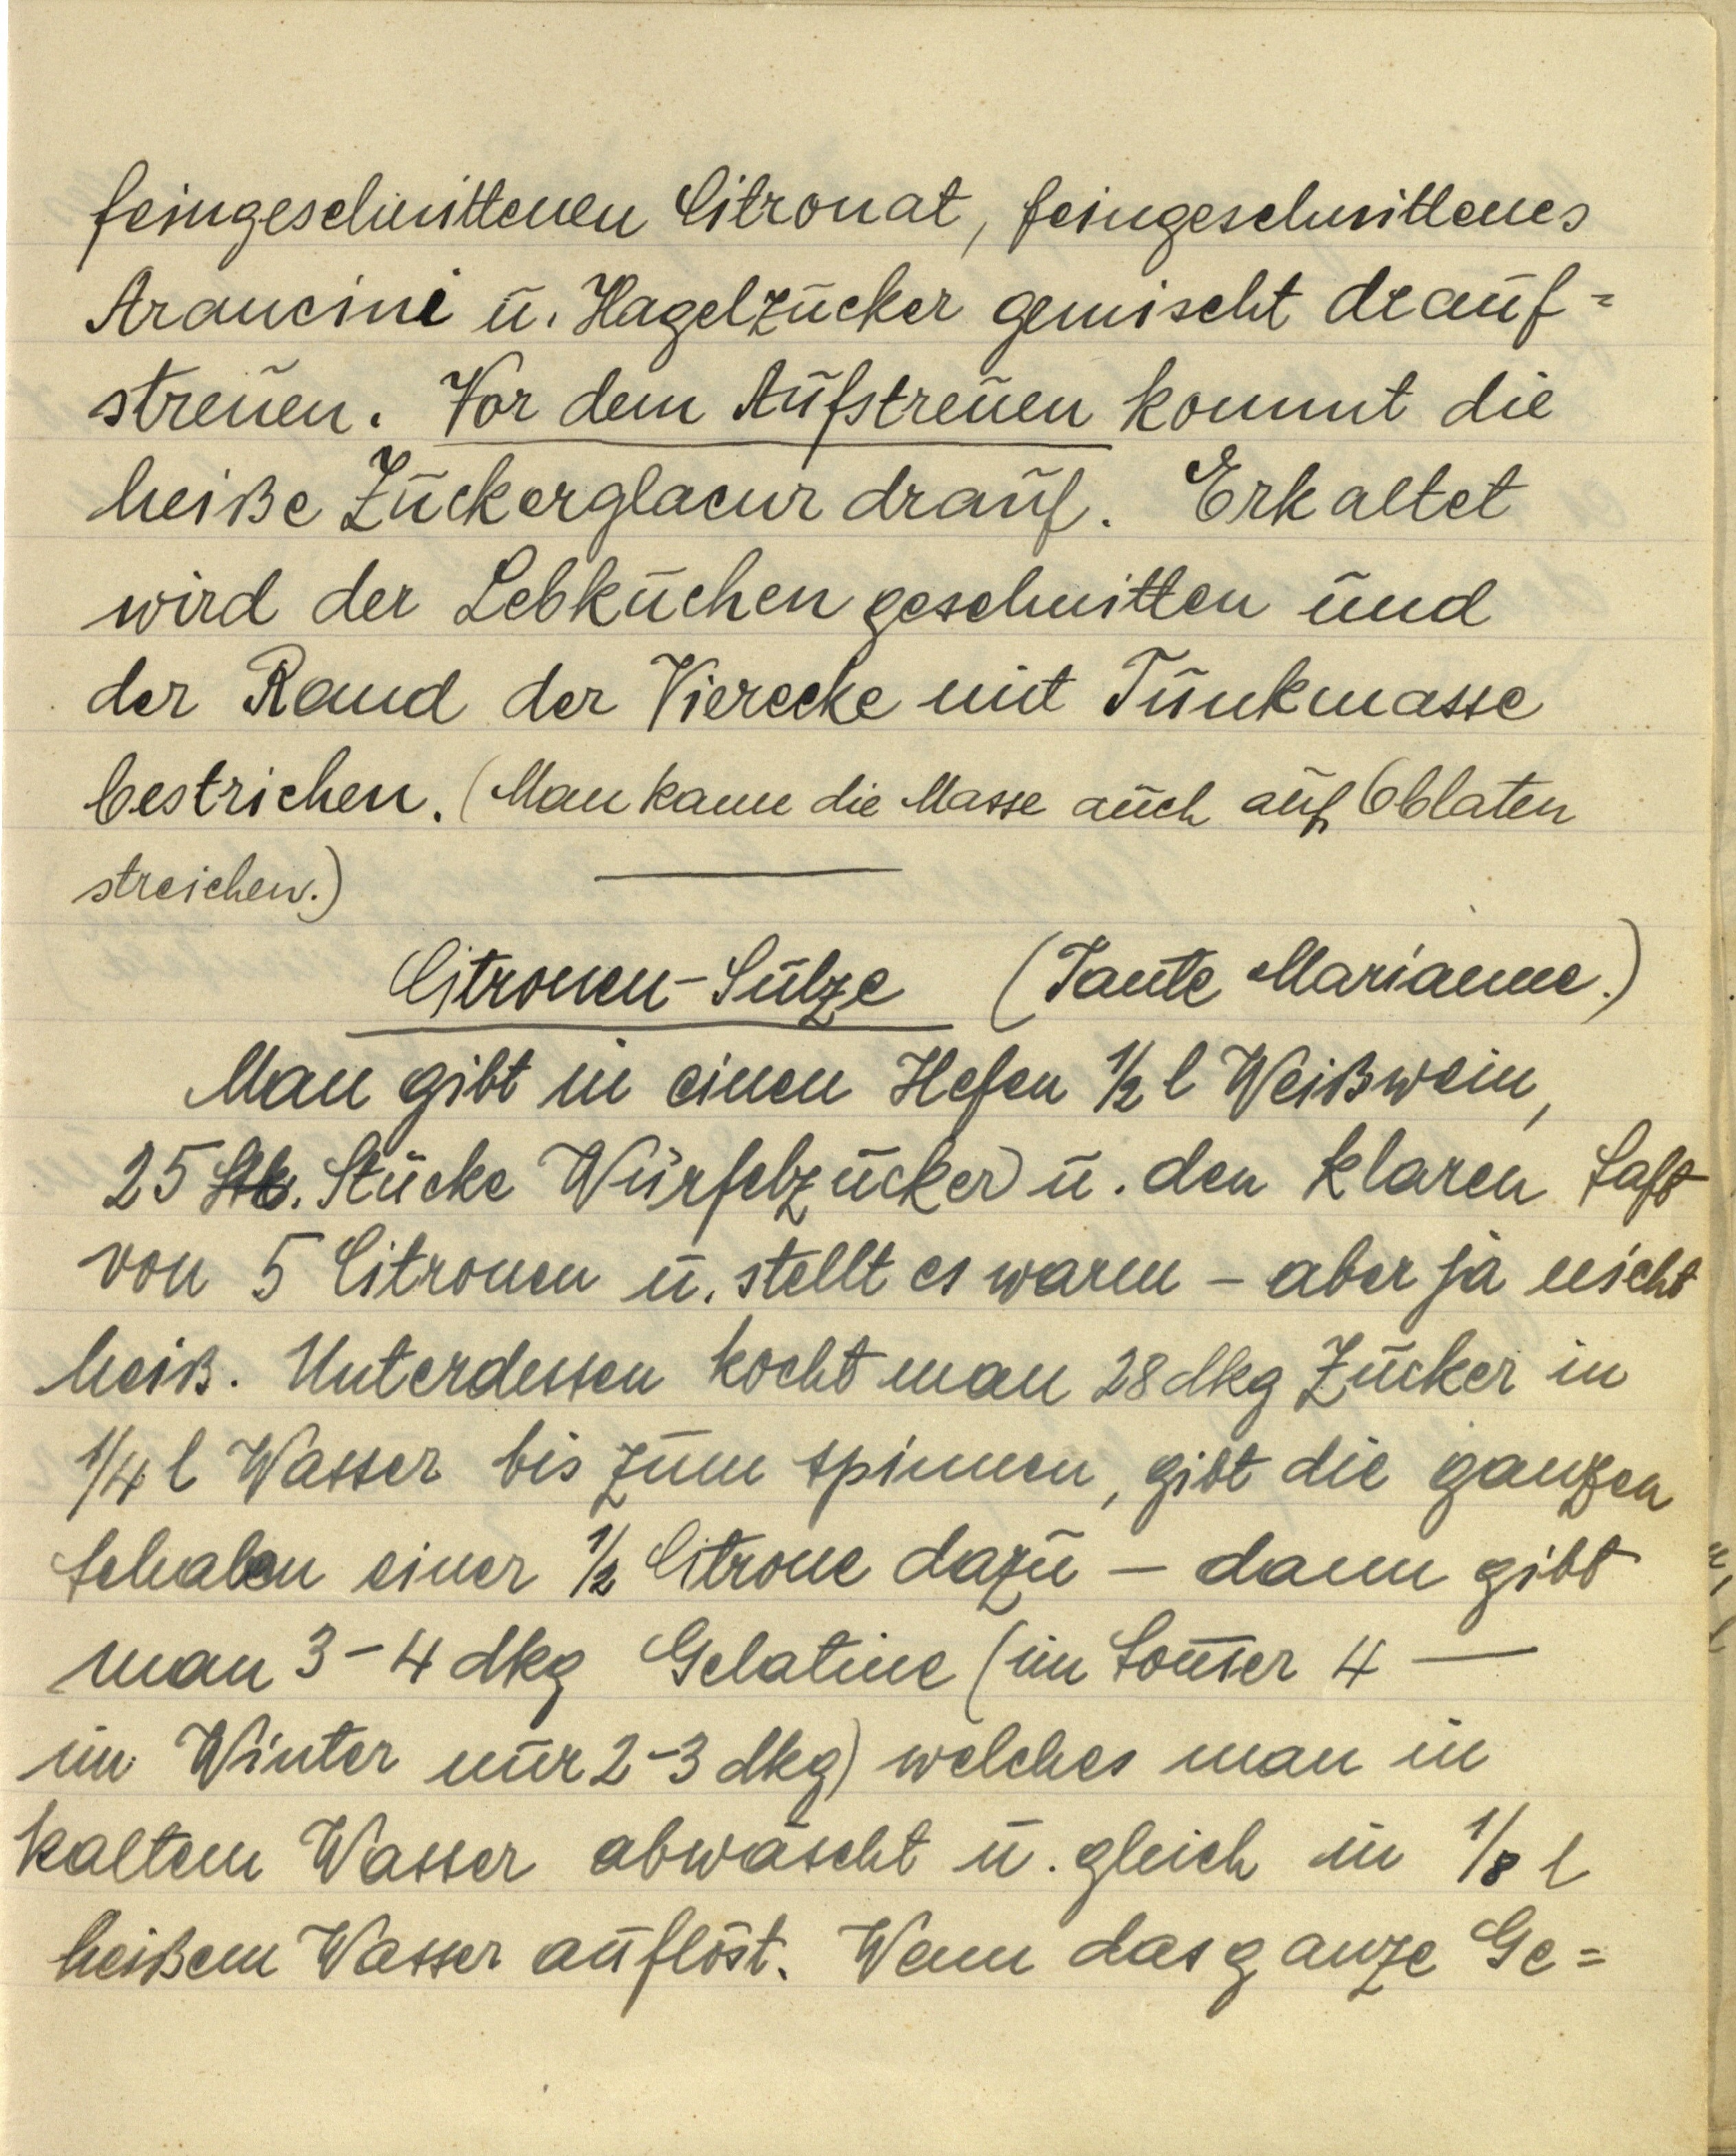
feingeschnittenen Citronat, feingeschnittenes
Arancini u. Hagelzucker gemischt drauf¬
streuen. Vor dem Aufstreuen kommt die
heiße Zuckerglacur drauf. Erkaltet
wird der Lebkuchen geschnitten und
der Rand der Vierecke mit Tunkmasse
bestrichen. (Man kann die Masse auch auf Oblaten
streichen.)

Citronen — Sülze (Tante Marianne.)
Man gibt in einen Hefen ½ l Weißwein,
25 Stk. Stücke Würfelzucker u. den klaren Saft
von 5 Citronen u. stellt es warm — aber ja nicht
heiß. Unterdessen kocht man 28 dkg Zucker in
¼ l Wasser bis zum spinnen, gibt die ganzen
Schalen einer ½ Citrone dazu — dann gibt
man 3-4 dkg Gelatine (im Sommer 4 —
im Winter nur 2-3 dkg) welches man in
kaltem Wasser abwäscht u. gleich in ⅛ l
heißem Wasser auflöst. Wenn das ganze Ge¬